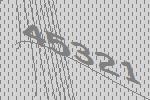
45321